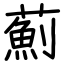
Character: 薊